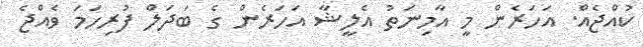
ކުއްޖެއް. އަހަރެން މީ އާމިނަތު އެލީޝާ އަހަރެން ގެ ބަދަލް ފުރިހަމަ ވެއްޖެ